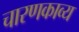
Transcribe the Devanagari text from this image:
चारणकाव्य